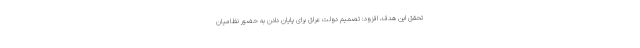
تحقق این هدف، افزود: تصمیم دولت عراق برای پایان دادن به حضور نظامیان